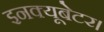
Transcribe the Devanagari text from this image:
इनक्यूबेटर।